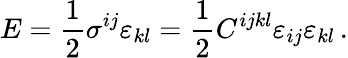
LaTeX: E=\frac 12\sigma^{ij}\varepsilon_{kl}=\frac 12C^{ijkl}\varepsilon_{ij}\varepsilon_{kl}\, .